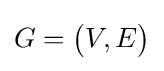
G={\bigl (}{V,E}{\bigr )}